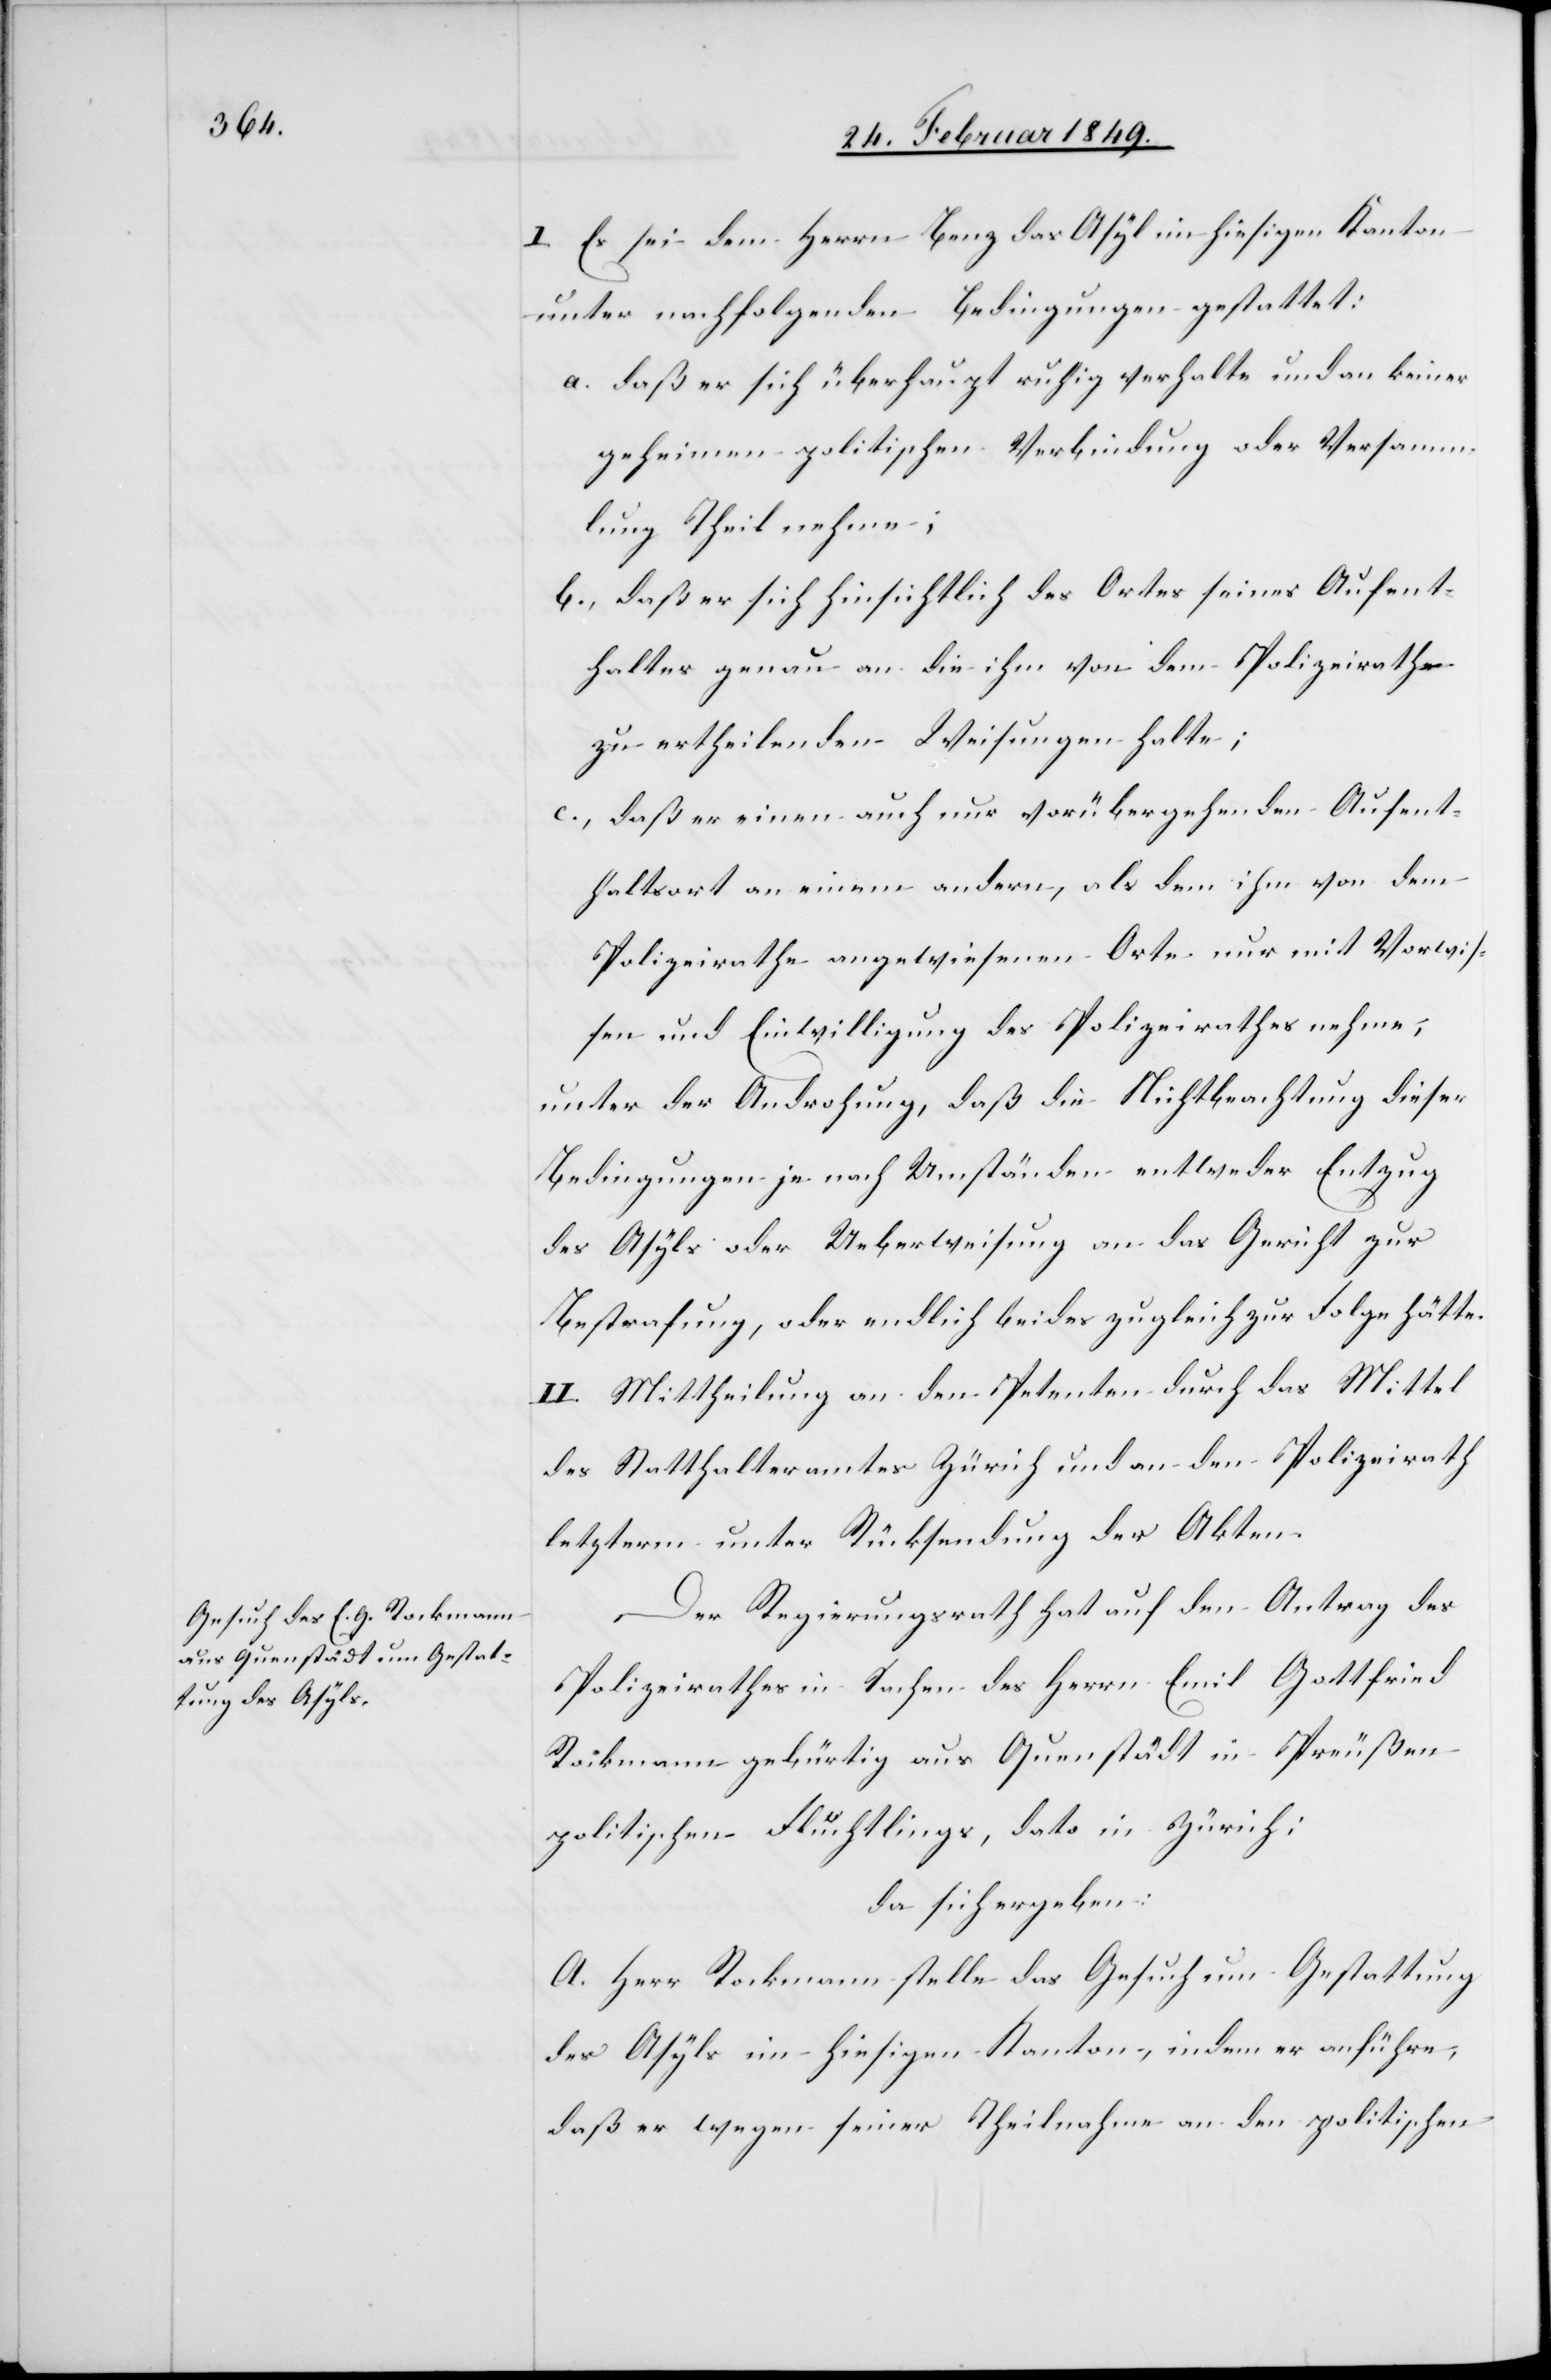
I. Es sei dem Herrn Benz das Asyl im hiesigen Kanton
unter nachfolgenden Bedingungen gestattet:
a. daß er sich überhaupt ruhig verhalte und an keiner
geheimen politischen Verbindung oder Versamm¬
lung Theil nehme;
b., daß er sich hinsichtlich des Ortes seines Aufent¬
haltes genau an die ihm von dem Polizeirathe
zu ertheilenden Weisungen halte;
c., daß er einen auch nur vorübergehenden Aufent¬
haltsort an einem andern, als dem ihm von dem
Polizeirathe angewiesenen Orte nur mit Vorwis¬
sen und Einwilligung des Polizeirathes nehme;
unter der Androhung, daß die Nichtbeachtung dieser
Bedingungen je nach Umständen entweder Entzug
des Asyls oder Ueberweisung an das Gericht zur
Bestrafung, oder endlich beides zugleich zur Folge hätte.
II. Mittheilung an den Petenten durch das Mittel
des Statthalteramtes Zürich und an den Polizeirath
letzterm unter Rücksendung der Akten.
Der Regierungsrath hat auf den Antrag des
Polizeirathes in Sachen des Herrn Emil Gottfried
Rockmann gebürtig aus Quenstädt in Preußen
politischen Flüchtlings, dato in Zürich;
da sich ergeben:
A. Herr Rockmann stelle das Gesuch um Gestattung
des Asyls im hiesigen Kanton, indem er anführe,
daß er wegen seiner Theilnahme an den politischen